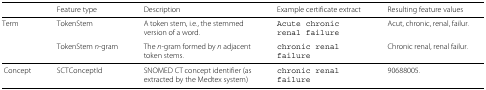
|  | Feature type | Description | Example certificate extract | Resulting feature values |
 | --- | --- | --- | --- | --- |
 | Term | TokenStem | A token stem, i.e., the stemmedversion of a word. | Acute chronic renal failure | Acut, chronic, renal, failur. |
 |  | TokenStem n-gram | The n-gram formed by n adjacenttoken stems. | chronic renal failure | Chronic renal, renal failur. |
 | Concept | SCTConceptId | SNOMED CT concept identifier (as extracted by the Medtex system) | chronic renal failure | 90688005. |